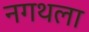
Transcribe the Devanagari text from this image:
नगथला